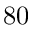
8 0